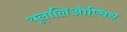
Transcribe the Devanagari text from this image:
यूलालिओप्सिस